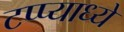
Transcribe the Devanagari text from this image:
टप्प्याध्ये